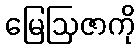
မြေဩဇာကို